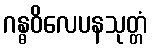
ဂန္ဓဝိလေပနသုတ္တံ